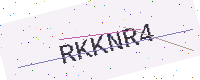
Text: RKKNR4